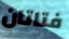
فتاتان